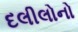
દલીલોનો